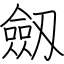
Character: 劔